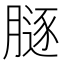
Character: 𦟥